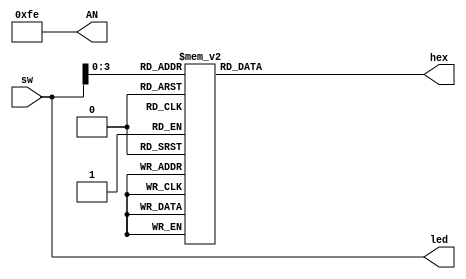
`timescale 1ns / 1ps
//////////////////////////////////////////////////////////////////////////////////
// Company: 
// Engineer: 
// 
// Design Name: 
// Module Name: hex_test
// Project Name: 
// Target Devices: 
// Tool Versions: 
// Description: 
// 
// Dependencies: 
// 
// Revision:
// Revision 0.01 - File Created
// Additional Comments:
// 
//////////////////////////////////////////////////////////////////////////////////


module hex_test
(
    input [9:0] sw,
    output reg [6:0] hex,
    output [7:0] AN,
    output [9:0] led
    
);
wire [3:0] dc1;
wire [3:0] dc2;
wire [1:0] f;


reg [3:0] dc1_out;
reg [3:0] dc2_out;
reg [3:0] dc_dec;
reg [3:0] func_out;

assign AN = 8'b1111_1110;
assign led = sw;
assign f = sw[9:8];
assign dc1 = sw[3:0];
assign dc2 = sw[7:4];

/*always @(*) begin
   case(dc_dec)
   4'b0000 : hex = 7'b100_0000;
   4'b0001 : hex = 7'b111_1001;
   4'b0010 : hex = 7'b010_0100;
   4'b0011 : hex = 7'b011_0000;
   4'b0100 : hex = 7'b001_1001;
   4'b0101 : hex = 7'b001_0010;
   4'b0110 : hex = 7'b000_0010;
   4'b0111 : hex = 7'b111_1000;//7
   4'b1000 : hex = 7'b000_0000;
   4'b1001 : hex = 7'b001_0000;
   4'b1010 : hex = 7'b100_0000;//10
   4'b1011 : hex = 7'b000_1000;
   4'b1100 : hex = 7'b000_0011;
   4'b1101 : hex = 7'b010_0001;
   4'b1110 : hex = 7'b000_0110;
   4'b1111 : hex = 7'b000_0110;
  
   endcase
end*/


always @(*) begin
//dc1
   case(dc1)
   4'b0000 : hex = 7'b010_0001;
   4'b0001 : hex = 7'b000_0110;
   4'b0010 : hex = 7'b000_0110;
   4'b0011 : hex = 7'b100_0000;
   4'b0100 : hex = 7'b111_1001;
   4'b0101 : hex = 7'b010_0100;
   4'b0110 : hex = 7'b011_0000;
   4'b0111 : hex = 7'b001_1001;
   4'b1000 : hex = 7'b001_0010;
   4'b1001 : hex = 7'b000_0010;
   4'b1010 : hex = 7'b111_1000;
   4'b1011 : hex = 7'b000_0000;
   4'b1100 : hex = 7'b001_0000;
   4'b1101 : hex = 7'b100_0000;
   4'b1110 : hex = 7'b000_1000;
   4'b1111 : hex = 7'b000_0011;
  
   endcase
end


 always @(*) begin
    case(f)
     2'b00 : dc_dec = dc1; 
     2'b01 : dc_dec = dc2;
     2'b10 : dc_dec = f;   
     2'b11 : dc_dec = sw[3:0];
     endcase
 end



   

always @(*) begin
//dc2
   dc2_out = dc2^ 4'b1000;
end
always @(*) begin
func_out = ((~sw[0]) & sw[1])|sw[2]|sw[3];
end
endmodule